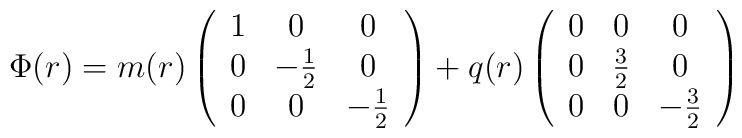
\Phi(r)=m(r)\left(\begin{array}{ccc}1&0&0\\0&-\frac{1}{2}&0\\0&0&-\frac{1}{2} \end{array} \right)+q(r)\left(\begin{array}{ccc}0&0&0\\0&\frac{3}{2}&0\\0&0&-\frac{3}{2} \end{array} \right)